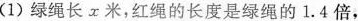
(1)绿绳长x米，红绳的长度是绿绳的1.4倍，